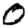
Digit: 0